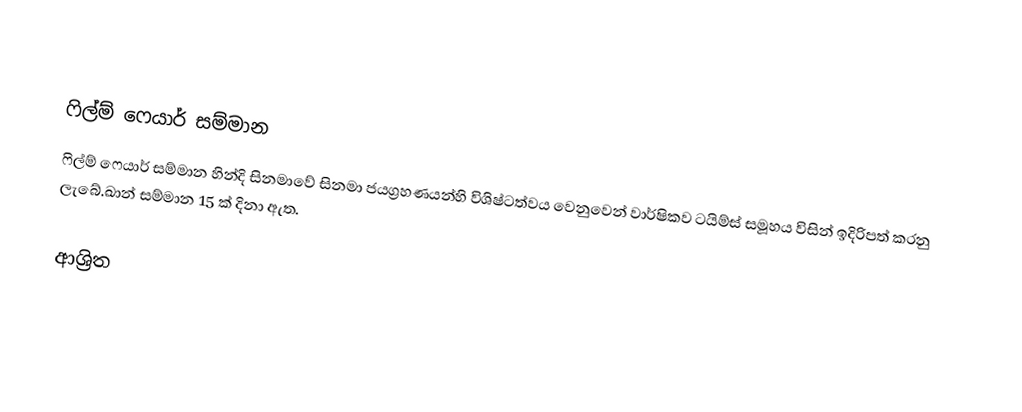

ෆිල්ම් ෆෙයාර් සම්මාන
ෆිල්ම් ෆෙයාර් සම්මාන හින්දි සිනමාවේ සිනමා ජයග්‍රහණයන්හි විශිෂ්ටත්වය වෙනුවෙන් වාර්ෂිකව ටයිම්ස් සමූහය විසින් ඉදිරිපත් කරනු ලැබේ.ඛාන් සම්මාන 15 ක් දිනා ඇත.

ආශ්‍රිත